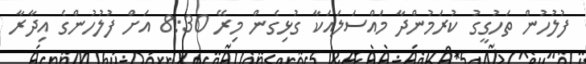
ފުލުހުން ތަހުގީގު ކުރަމުންދާ މައްސަލައަކާ ގުޅިގެން މިރޭ 8:30 އަށް ފުލުހުންގެ އިދާރާ